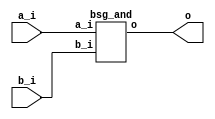


module top
(
  a_i,
  b_i,
  o
);

  input [63:0] a_i;
  input [63:0] b_i;
  output [63:0] o;

  bsg_and
  wrapper
  (
    .a_i(a_i),
    .b_i(b_i),
    .o(o)
  );


endmodule



module bsg_and
(
  a_i,
  b_i,
  o
);

  input [63:0] a_i;
  input [63:0] b_i;
  output [63:0] o;
  wire [63:0] o;
  assign o[63] = a_i[63] & b_i[63];
  assign o[62] = a_i[62] & b_i[62];
  assign o[61] = a_i[61] & b_i[61];
  assign o[60] = a_i[60] & b_i[60];
  assign o[59] = a_i[59] & b_i[59];
  assign o[58] = a_i[58] & b_i[58];
  assign o[57] = a_i[57] & b_i[57];
  assign o[56] = a_i[56] & b_i[56];
  assign o[55] = a_i[55] & b_i[55];
  assign o[54] = a_i[54] & b_i[54];
  assign o[53] = a_i[53] & b_i[53];
  assign o[52] = a_i[52] & b_i[52];
  assign o[51] = a_i[51] & b_i[51];
  assign o[50] = a_i[50] & b_i[50];
  assign o[49] = a_i[49] & b_i[49];
  assign o[48] = a_i[48] & b_i[48];
  assign o[47] = a_i[47] & b_i[47];
  assign o[46] = a_i[46] & b_i[46];
  assign o[45] = a_i[45] & b_i[45];
  assign o[44] = a_i[44] & b_i[44];
  assign o[43] = a_i[43] & b_i[43];
  assign o[42] = a_i[42] & b_i[42];
  assign o[41] = a_i[41] & b_i[41];
  assign o[40] = a_i[40] & b_i[40];
  assign o[39] = a_i[39] & b_i[39];
  assign o[38] = a_i[38] & b_i[38];
  assign o[37] = a_i[37] & b_i[37];
  assign o[36] = a_i[36] & b_i[36];
  assign o[35] = a_i[35] & b_i[35];
  assign o[34] = a_i[34] & b_i[34];
  assign o[33] = a_i[33] & b_i[33];
  assign o[32] = a_i[32] & b_i[32];
  assign o[31] = a_i[31] & b_i[31];
  assign o[30] = a_i[30] & b_i[30];
  assign o[29] = a_i[29] & b_i[29];
  assign o[28] = a_i[28] & b_i[28];
  assign o[27] = a_i[27] & b_i[27];
  assign o[26] = a_i[26] & b_i[26];
  assign o[25] = a_i[25] & b_i[25];
  assign o[24] = a_i[24] & b_i[24];
  assign o[23] = a_i[23] & b_i[23];
  assign o[22] = a_i[22] & b_i[22];
  assign o[21] = a_i[21] & b_i[21];
  assign o[20] = a_i[20] & b_i[20];
  assign o[19] = a_i[19] & b_i[19];
  assign o[18] = a_i[18] & b_i[18];
  assign o[17] = a_i[17] & b_i[17];
  assign o[16] = a_i[16] & b_i[16];
  assign o[15] = a_i[15] & b_i[15];
  assign o[14] = a_i[14] & b_i[14];
  assign o[13] = a_i[13] & b_i[13];
  assign o[12] = a_i[12] & b_i[12];
  assign o[11] = a_i[11] & b_i[11];
  assign o[10] = a_i[10] & b_i[10];
  assign o[9] = a_i[9] & b_i[9];
  assign o[8] = a_i[8] & b_i[8];
  assign o[7] = a_i[7] & b_i[7];
  assign o[6] = a_i[6] & b_i[6];
  assign o[5] = a_i[5] & b_i[5];
  assign o[4] = a_i[4] & b_i[4];
  assign o[3] = a_i[3] & b_i[3];
  assign o[2] = a_i[2] & b_i[2];
  assign o[1] = a_i[1] & b_i[1];
  assign o[0] = a_i[0] & b_i[0];

endmodule